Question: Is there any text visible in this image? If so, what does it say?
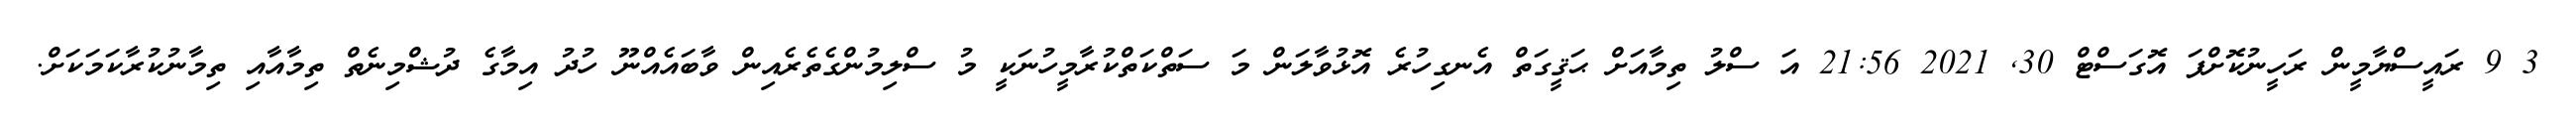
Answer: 3 9 ރައީސްޔާމީން ރަހީނުކޮށްފަ އޮގަސްޓް 30, 2021 21:56 އަ ސްލު ތިމާއަށް ޙަޤީގަތް އެނގިހުރެ އޮޅުވާލަން މަ ސަތްކަތްކުރާމީހުނަކީ މު ސްލިމުންގެތެރެއިން ވާބައެއްނޫ ހުދު އިމާގެ ދުޝްމިނެތް ތިމާއާއި ތިމާނުކުރާކަމަކަށް.